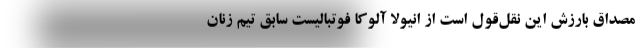
مصداق بارزش این نقل‌قول است از انیولا آلوکا فوتبالیست سابق تیم زنان